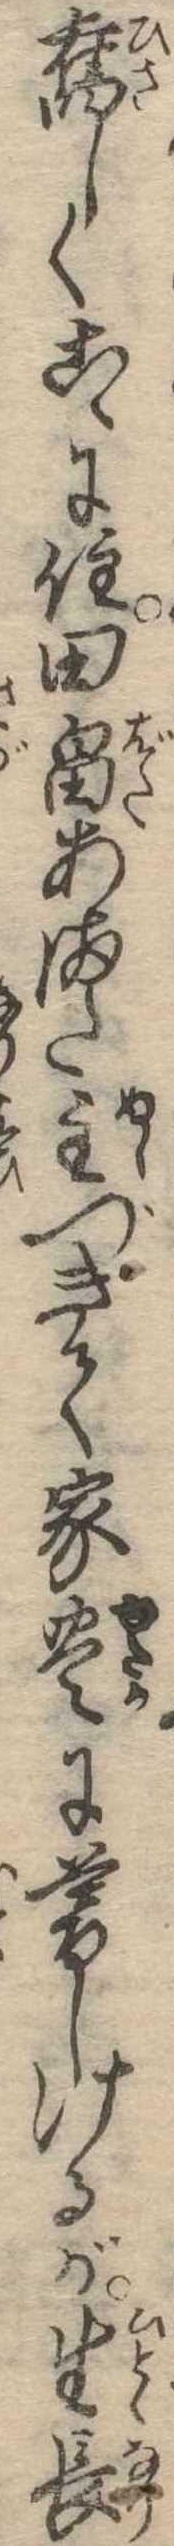
旧しくこゝに住田畠あまた主づきて家豊に暮しけるが生長